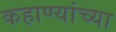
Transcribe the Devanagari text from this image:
कहाण्यांच्या